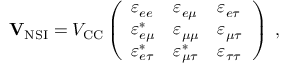
\begin{array} { r } { \mathbf { V } _ { \mathrm { N S I } } = V _ { \mathrm { C C } } \left( \begin{array} { l l l } { \varepsilon _ { e e } } & { \varepsilon _ { e \mu } } & { \varepsilon _ { e \tau } } \\ { \varepsilon _ { e \mu } ^ { \ast } } & { \varepsilon _ { \mu \mu } } & { \varepsilon _ { \mu \tau } } \\ { \varepsilon _ { e \tau } ^ { \ast } } & { \varepsilon _ { \mu \tau } ^ { \ast } } & { \varepsilon _ { \tau \tau } } \end{array} \right) \; , } \end{array}